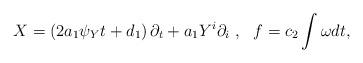
LaTeX: \begin{align*}X=\left( 2a_{1}\psi_{Y}t+d_{1}\right) \partial_{t}+a_{1}Y^{i}\partial_{i}~,~~f=c_{2}\int\omega dt, \end{align*}